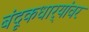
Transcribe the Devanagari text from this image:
बंदूकधार्‍यांवर